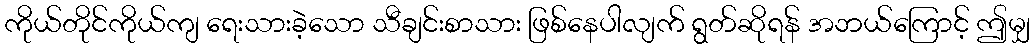
ကိုယ်တိုင်ကိုယ်ကျ ရေးသားခဲ့သော သီချင်းစာသား ဖြစ်နေပါလျက် ရွတ်ဆိုရန် အဘယ်ကြောင့် ဤမျှ